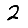
Digit: 2